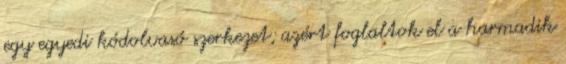
egy egyedi kódolvasó szerkezet; azért foglaltok el a harmadik